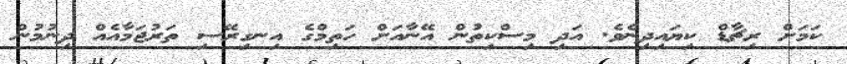
ކަމަށް ރިޗާޑް ކިޔައިދިނެވެ. އަދި މިސްކިތުން އޭނާއަށް ހަތިމްގެ އިނގިރޭސި ތަރުޖަމާއެއް ދިނުމުން